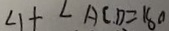
\angle 1 + \angle A C D = 1 8 0